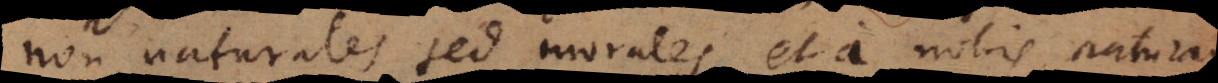
non naturales sed morales, et a nobis naturam